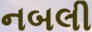
નબલી